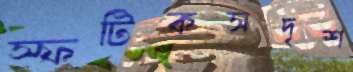
স্ফটিকসদৃশ